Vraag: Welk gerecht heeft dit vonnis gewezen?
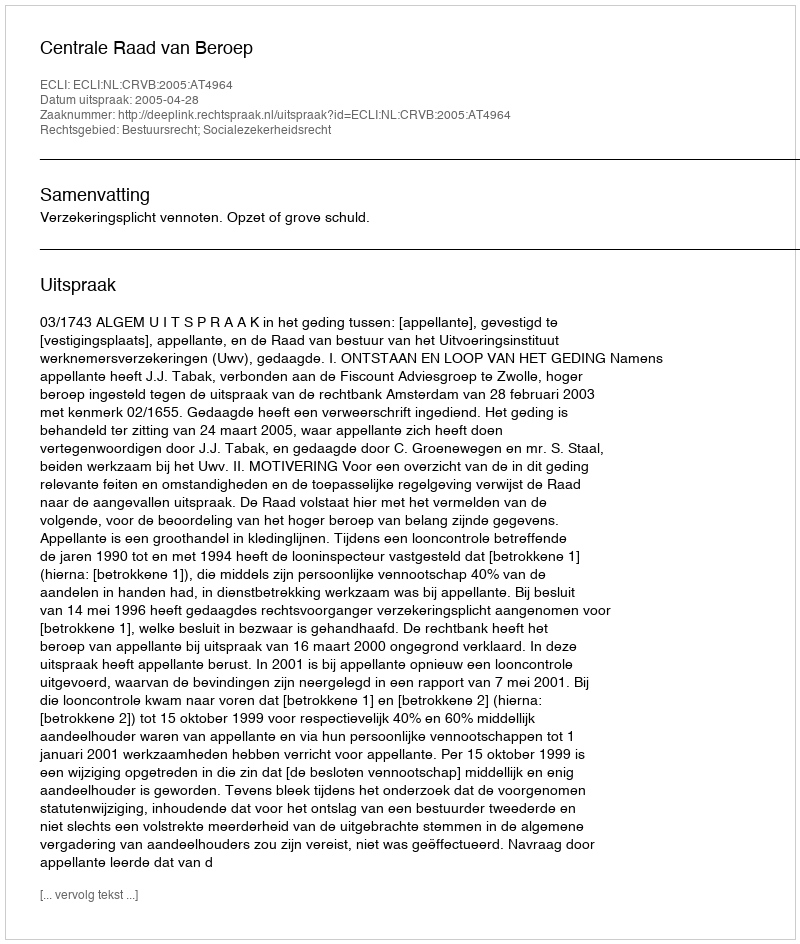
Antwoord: Centrale Raad van Beroep